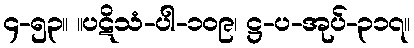
၄-၅၃။ ။ပဋိသံ-ပါ-၁၀၉၊ ဋ္ဌ-ပ-အုပ်-၃၁၇။